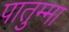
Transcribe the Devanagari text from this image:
पातुम्मा